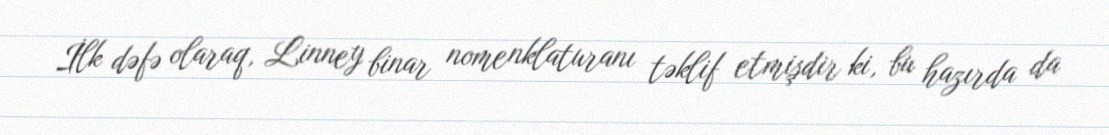
İlk dəfə olaraq, Linney binar nomenklaturanı təklif etmişdir ki, bu hazırda da